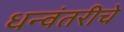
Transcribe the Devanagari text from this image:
धन्वंतरीचे